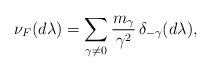
LaTeX: \begin{align*} \nu_F(d\lambda) = \sum_{\gamma\not=0} \frac{m_\gamma}{\gamma^2} \, \delta_{-\gamma}(d\lambda),\end{align*}